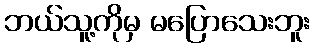
ဘယ်သူ့ကိုမှ မပြောသေးဘူး